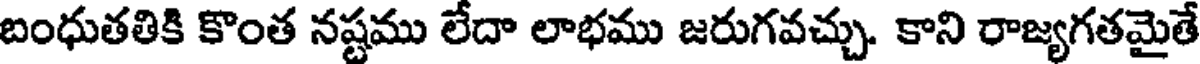
బంధుతతికి కొంత నష్టము లేదా లాభము జరుగవచ్చు. కాని రాజ్యగతమైతే